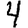
Digit: 4